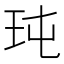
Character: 𤤀